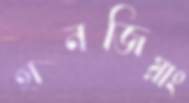
হানজিয়াং